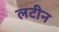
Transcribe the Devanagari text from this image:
लटीन